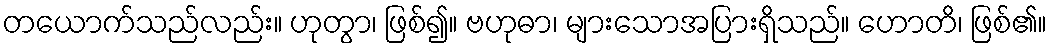
တယောက်သည်လည်း။ ဟုတွာ၊ ဖြစ်၍။ ဗဟုဓာ၊ များသောအပြားရှိသည်။ ဟောတိ၊ ဖြစ်၏။